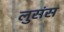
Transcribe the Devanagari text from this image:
लुसंस